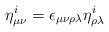
LaTeX: \begin{align*}\eta^i_{\mu\nu} = \epsilon_{\mu\nu\rho\lambda} \eta^i_{\rho\lambda}\end{align*}